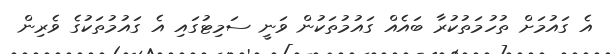
އެ ގައުމަށް ތުހުމަތުކުރާ ބައެއް ގައުމުތަކުން ވަނީ ސަމިޓުގައި އެ ގައުމުތަކުގެ ވެރިން